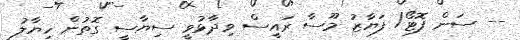
-- ސަން ފޮޓޯ/ ފަޔާޒު މޫސާ ރައީސް ވިދާޅުވީ ސިޔާސީ ގޮތުން ހިޔާލު